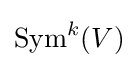
\operatorname {Sym} ^{k}(V)